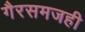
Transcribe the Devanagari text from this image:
गैरसमजही